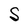
Character: S